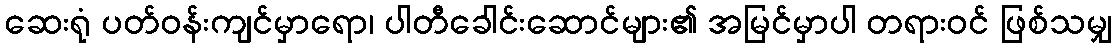
ဆေးရုံ ပတ်ဝန်းကျင်မှာရော၊ ပါတီခေါင်းဆောင်များ၏ အမြင်မှာပါ တရားဝင် ဖြစ်သမျှ